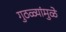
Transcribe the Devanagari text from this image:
गुठळ्यांमुळे